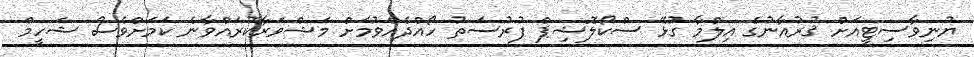
ޔުނިވާސިޓީއަށް ޤުރުއާނުގެ އިލްމާ ގުޅޭ ސްކޯލޮޝިޕް ފުރުސަތު ހޯއްދެއްވުމަށް މަޝްވަރާކުރައްވާނެ ކަމަށްވެސް ޝަހީމް